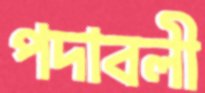
পদাবলী